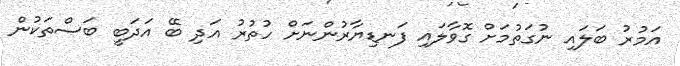
އަމުރު ބަލައި ނުގަތުމަށް ގޮވާލައި ފަނޑިޔާރުންނަށް ހުތުރު އަދި ބޭ އަދަބީ ބަސްތަކުން